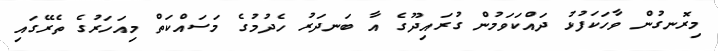
މިރޮނގުން ވާހަކަފުޅު ދައްކަވަމުން ގުރައިދޫގެ އާ ބަނދަރު ހެދުމުގެ މަސައްކަތް މިއަހަރުގެ ތެރޭގައި